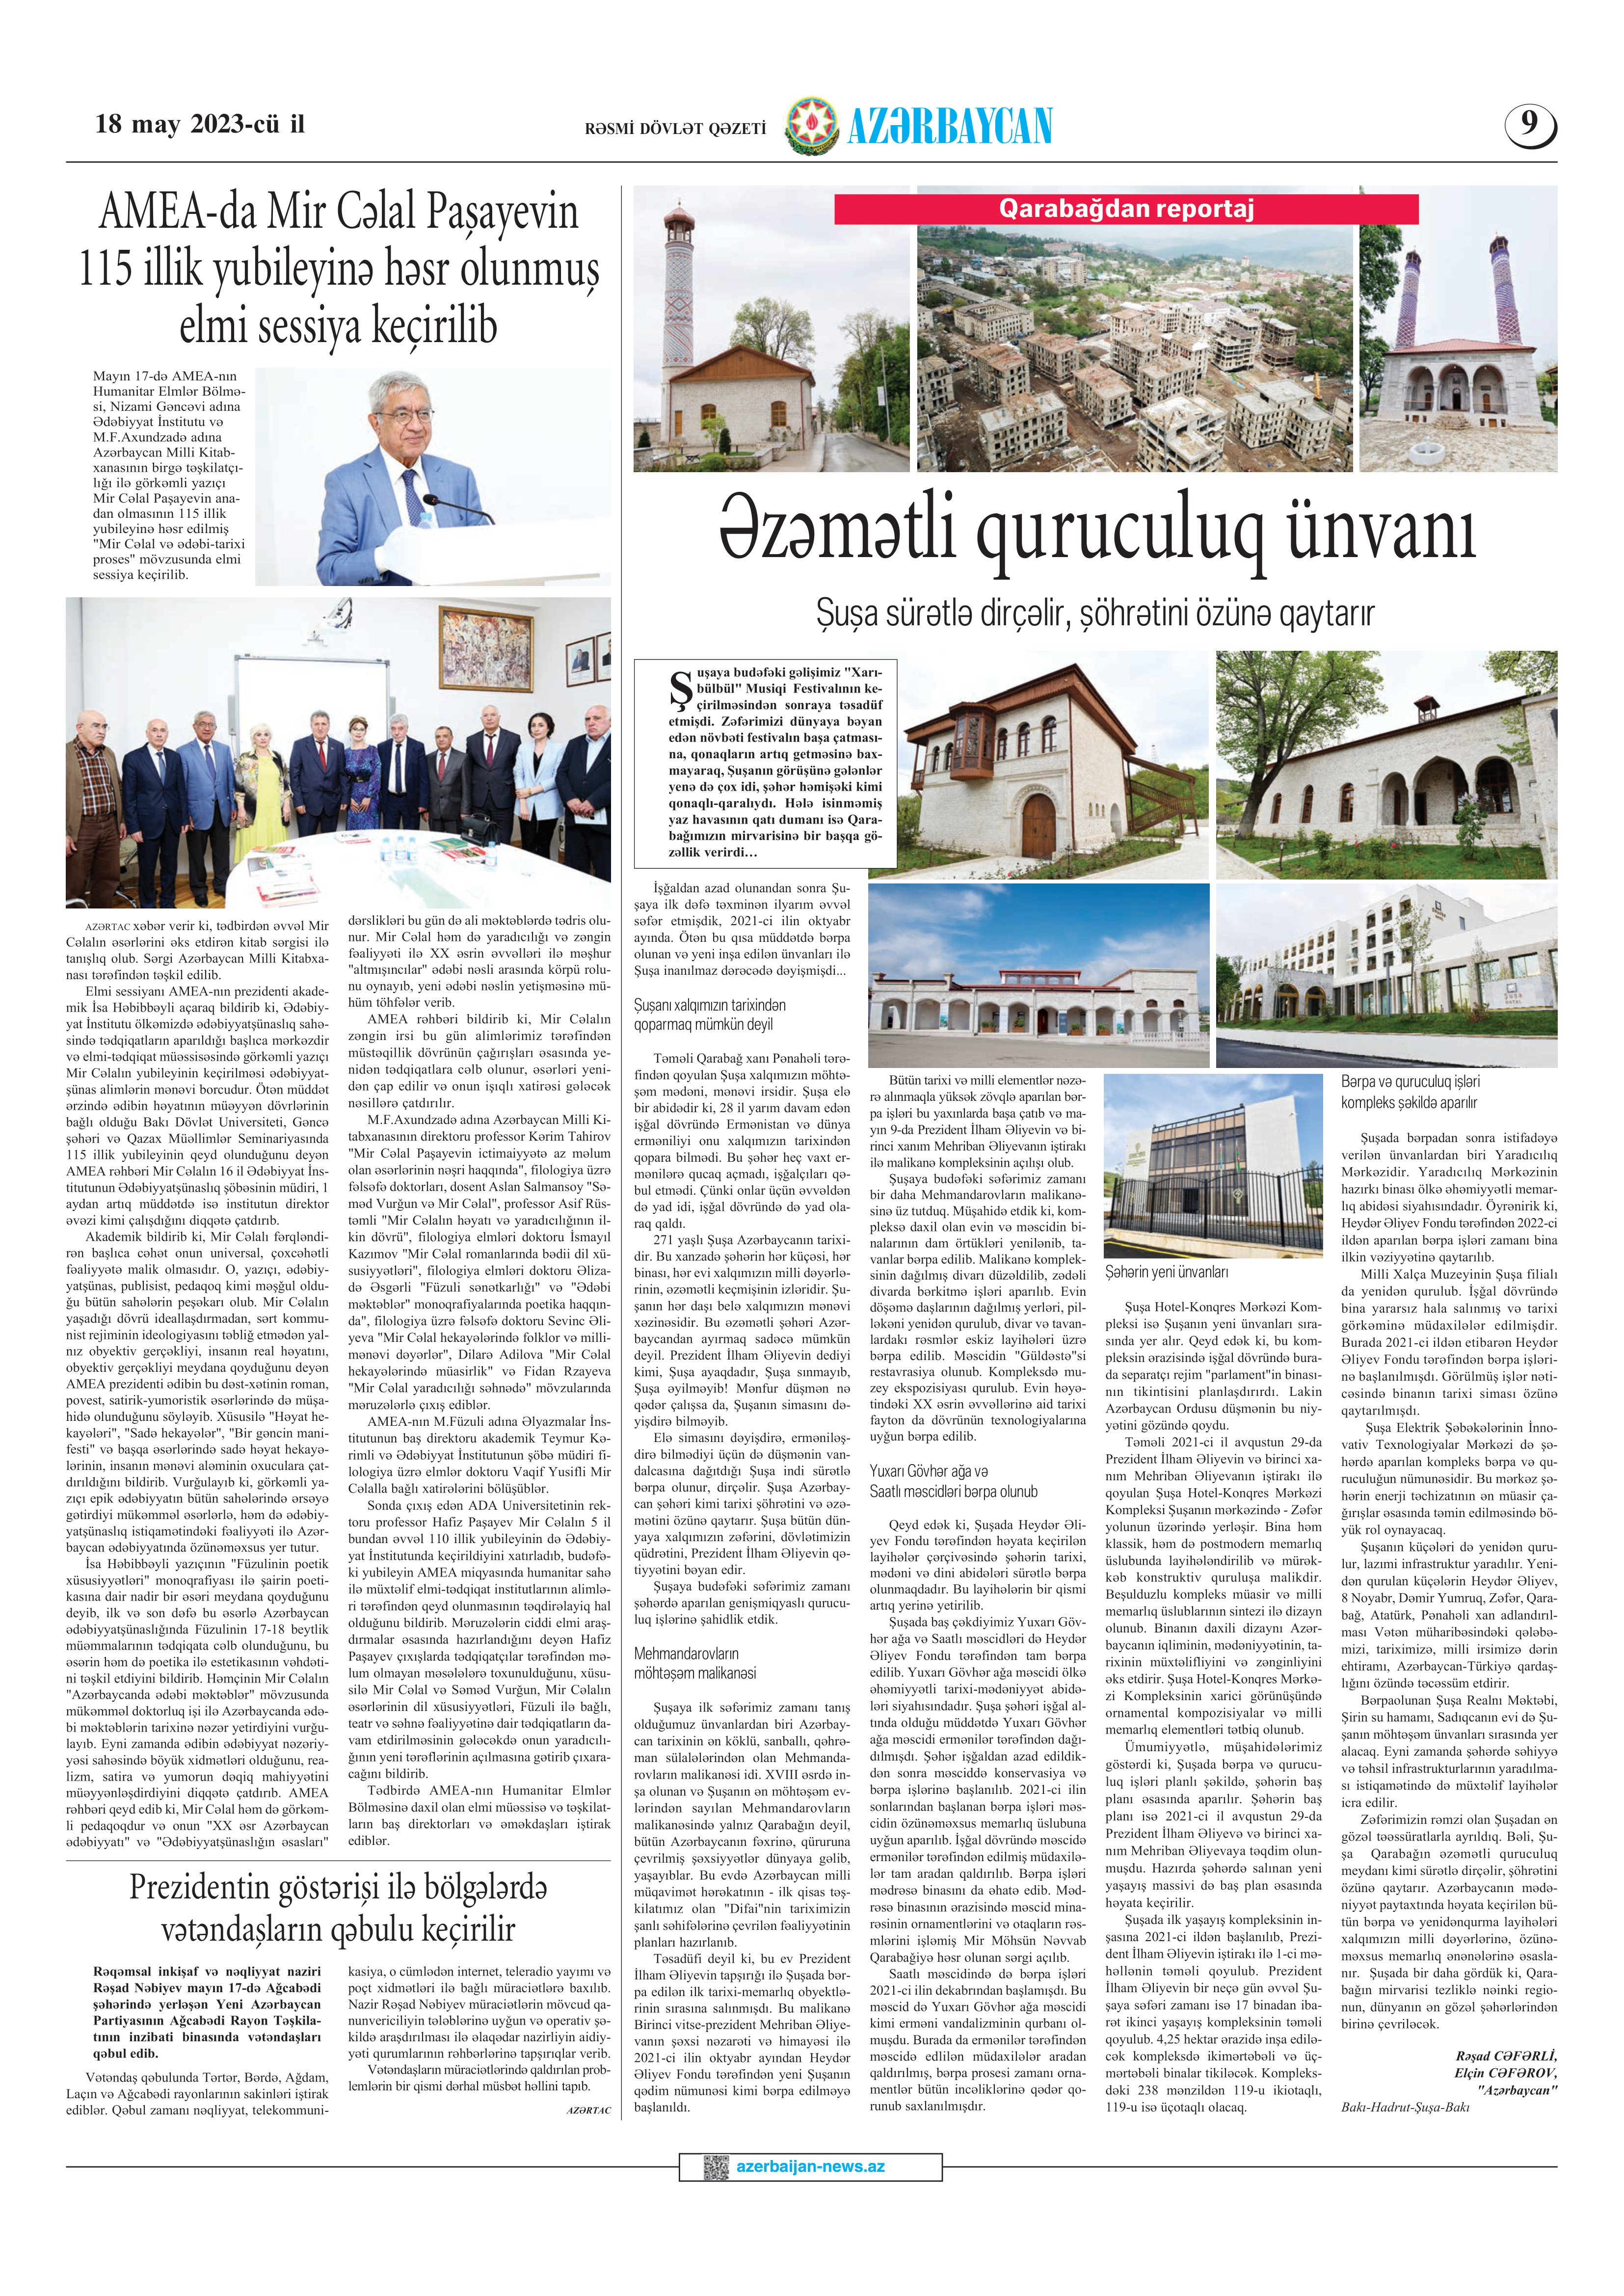
Language: az